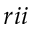
r i i